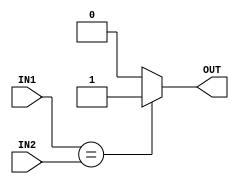
module Comparator (
input  wire [31:0] IN1,
input  wire [31:0] IN2,
output wire        OUT   
);

assign OUT = (IN1 == IN2 )? 1'b1:1'b0;

endmodule